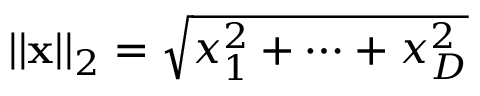
| | \mathbf { x } | | _ { 2 } = \sqrt { x _ { 1 } ^ { 2 } + \cdots + x _ { D } ^ { 2 } }